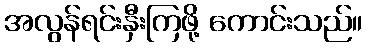
အလွန်ရင်းနှီးကြဖို့ ကောင်းသည်။